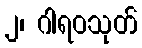
၂၊ ဂါရဝသုတ်